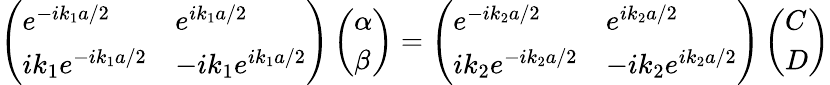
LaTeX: \left(\begin{array}{ll}{e^{-ik_{1}a/2}}&{e^{ik_{1}a/2}}\\ {ik_{1}e^{-ik_{1}a/2}}&{-ik_{1}e^{ik_{1}a/2}}\end{array}\right)\left(\begin{array}{l}{\alpha}\\ {\beta}\end{array}\right)=\left(\begin{array}{ll}{e^{-ik_{2}a/2}}&{e^{ik_{2}a/2}}\\ {ik_{2}e^{-ik_{2}a/2}}&{-ik_{2}e^{ik_{2}a/2}}\end{array}\right)\left(\begin{array}{l}{C}\\ {D}\end{array}\right)